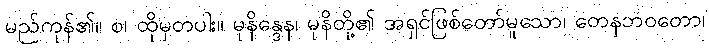
မည်ကုန်၏။ စ၊ ထိုမှတပါး။ မုနိန္ဒေန၊ မုနိတို့၏ အရှင်ဖြစ်တော်မူသော၊ တေနဘဝတော၊